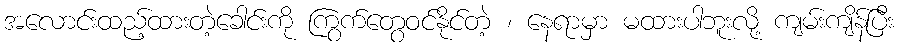
အလောင်းထည့်ထားတဲ့ခေါင်းကို ကြွက်တွေဝင်နိုင်တဲ့ ၊ နေရာမှာ မထားပါဘူးလို့ ကျမ်းကျိန်ပြီး